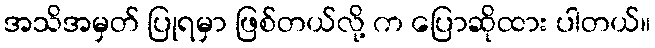
အသိအမှတ် ပြုရမှာ ဖြစ်တယ်လို့ က ပြောဆိုထား ပါတယ်။